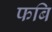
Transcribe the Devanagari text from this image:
फबि